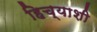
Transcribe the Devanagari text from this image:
हिच्‍याशी